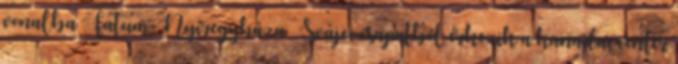
vonalba Fatum-Nyíregyháza – Svájci csapatból érkezik a kanadai center